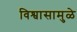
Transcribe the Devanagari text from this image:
विश्वासामुळे